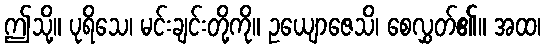
ဤသို့။ ပုရိသေ၊ မင်းချင်းတို့ကို။ ဥယျောဇေသိ၊ စေလွှတ်၏။ အထ၊